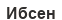
Ибсен